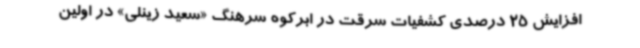
افزایش 25 درصدی کشفیات سرقت در ابرکوه سرهنگ «سعید زینلی» در اولین